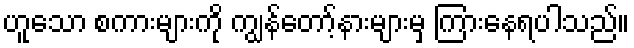
ဟူသော စကားများကို ကျွန်တော့်နားများမှ ကြားနေရပါသည်။